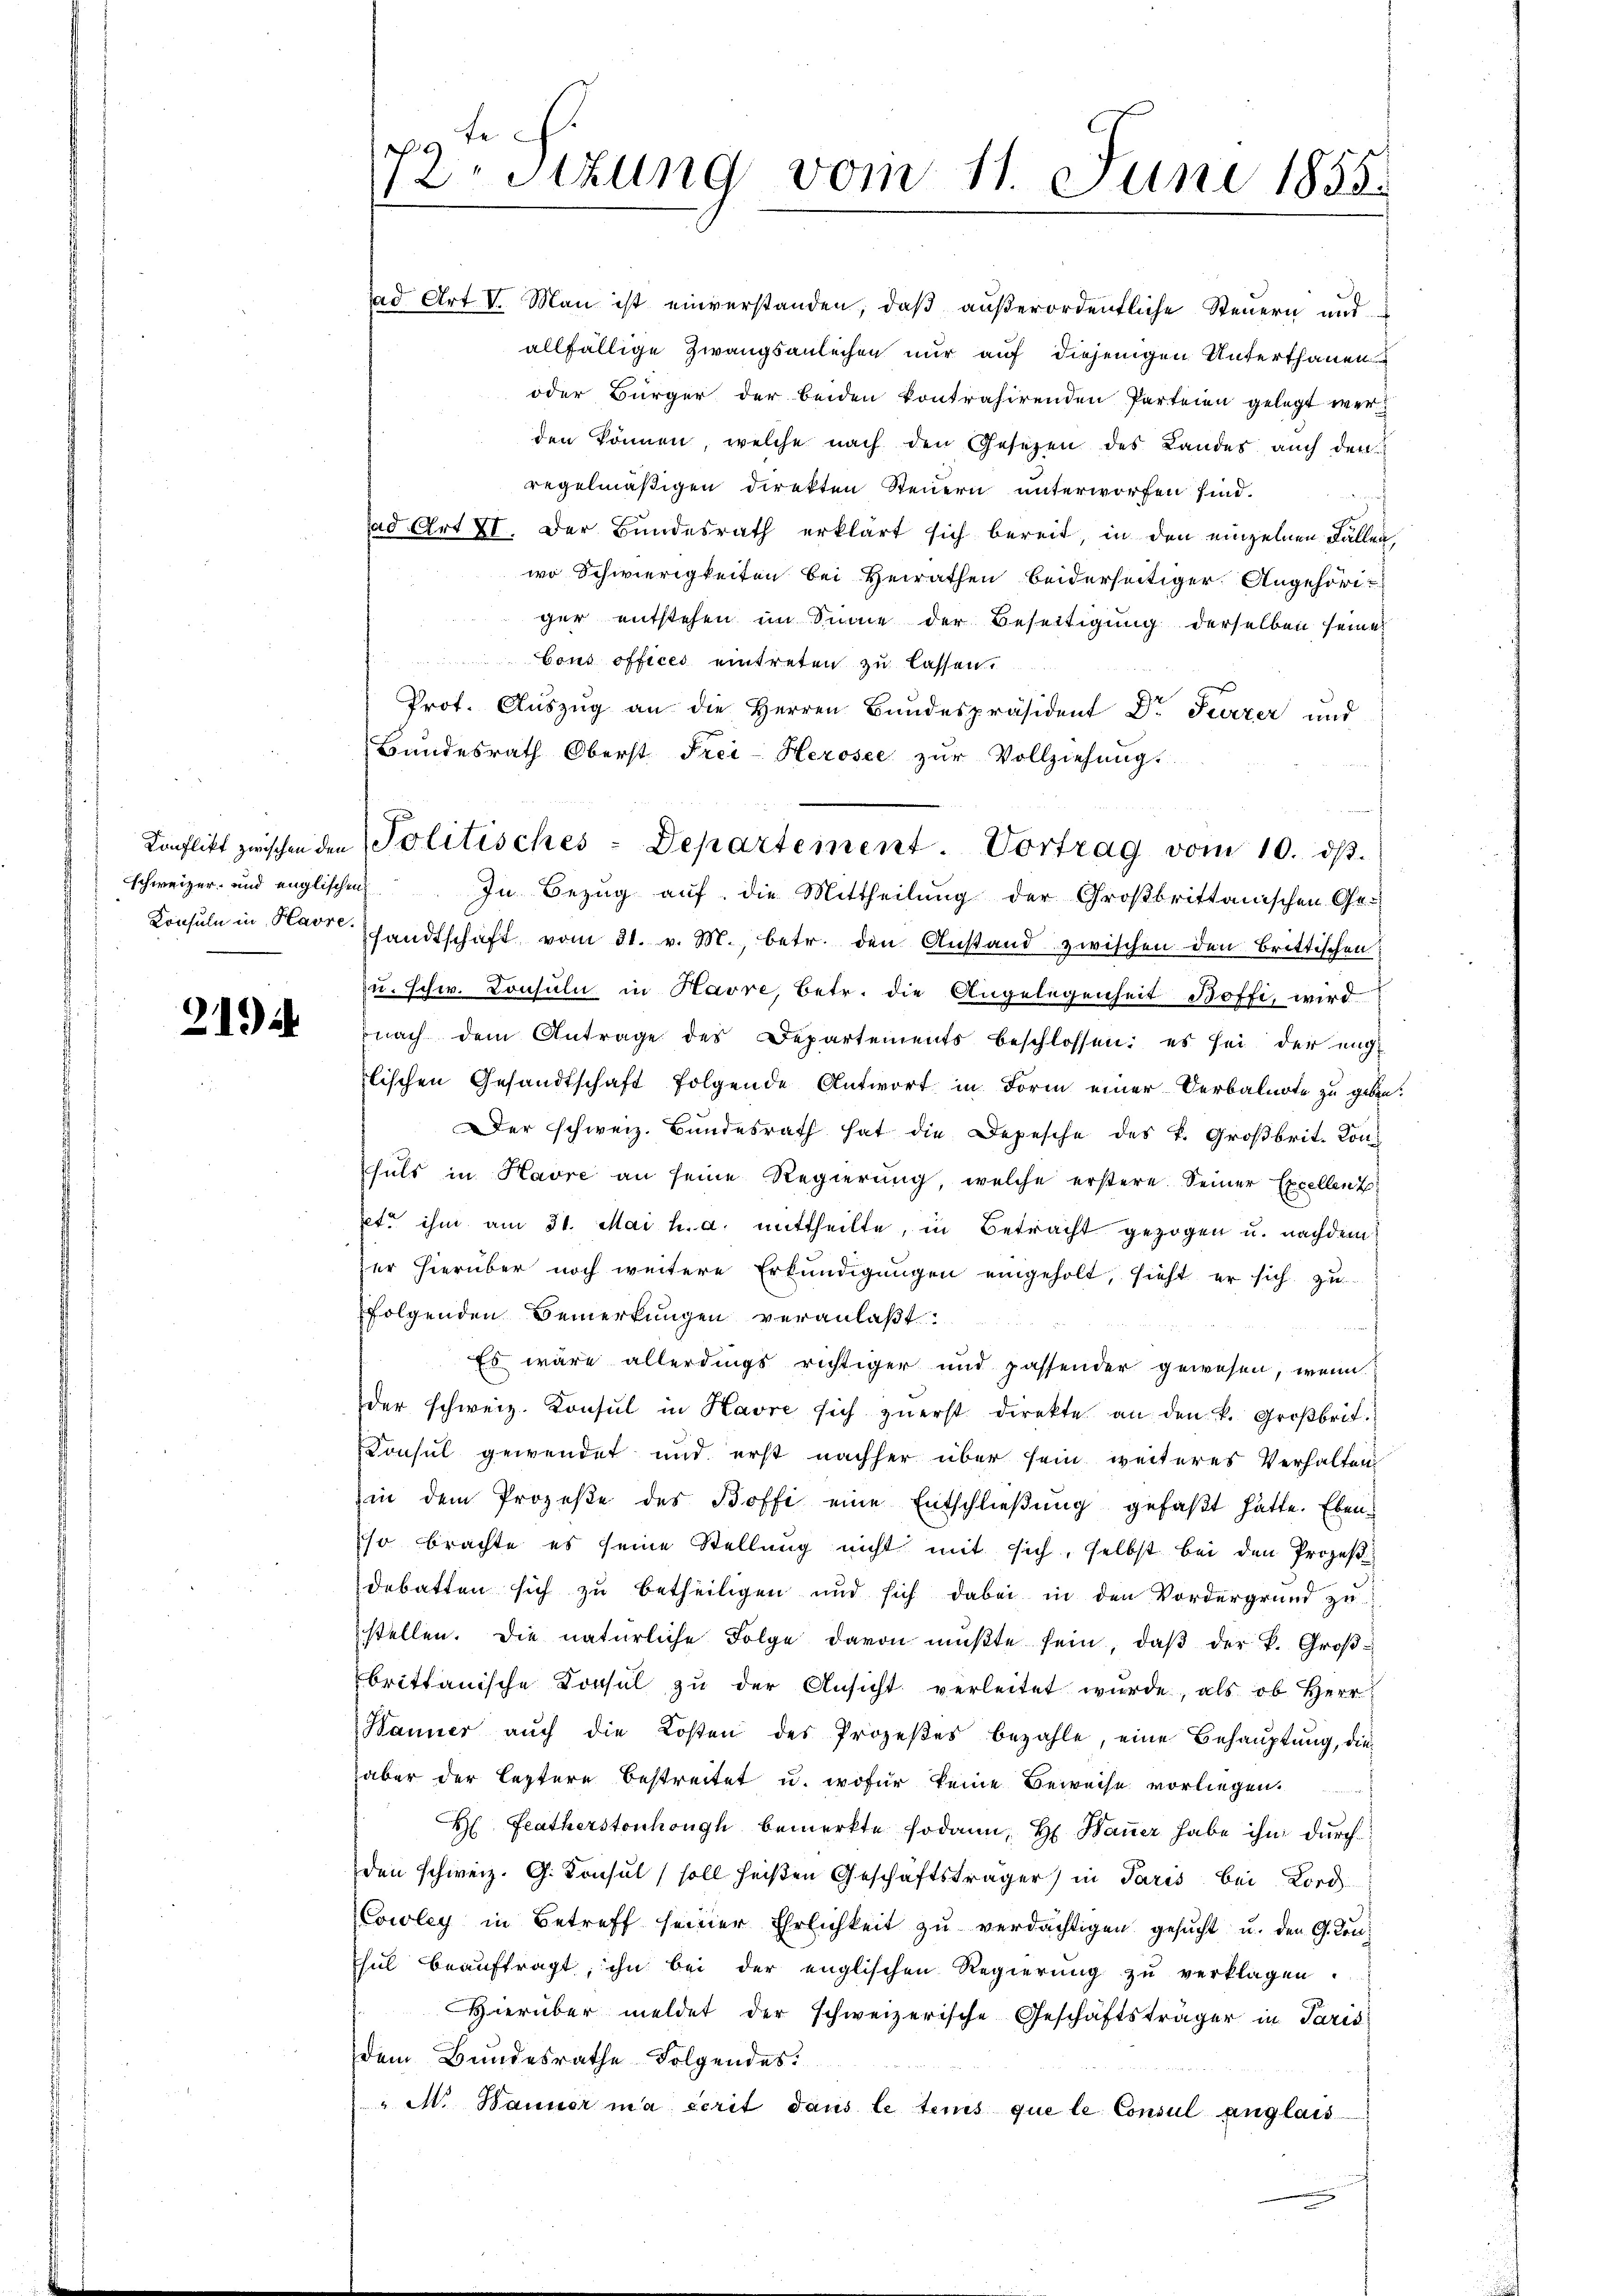
schweizer- und englischen
Konsuln in Havre.

219

19 te
Stzung vom 11. Juni 1855.

ad Art V. Man ist einverstanden, daß außerordentliche Steuern und
allfällige Zwangsanleihen nur auf diejenigen Unterthanen
oder Bürger der beiden kontrahirenden Parteien gelegt werden können, welche nach den Gesetzen des Landes auch den
regelmäßigen direkten Steuern unterworfen sind.

ad Art II. Der Bundesrath erklärt sich bereit, in den einzelnen Fallen,
wo Schwierigkeiten bei Heirathen beiderseitiger Angehöriger entstehen im Sinne der Beseitigung derselben seine
Cous offices eintreten zu lassen.
Prot. Aŭszŭg an die Herren Bundespräsident Dr Terzer und
Bundesrath Oberst Frei-Herosee zŭr Vollziehung.
In Bezug auf die Mittheilung der Großbrittanischen Ge-
sandtschaft vom 31. v. M., betr. den Anstand zwischen den Brittischen
u. schw. Consuln in Havre, betr. die Angelegenheit Boffi, wird
nach dem Antrage des Departements beschlossen: es sei der eng-
lischen Gesandtschaft folgende Antwort in Form einer Verbalurte zu geben.
Der schweiz. Bundesrath hat die Depesche des k. Großbrit. Konfals in Havre an seine Regierung, welche erstere Seiner Excellenz
ete ihm am 31. Mai h. a. mittheilte, in Betracht gezogen u. nachdem
der hierüber noch weitere Erkundigungen eingeholt, sieht er sich zu
folgenden Bemerkungen veranlaßt.
Es wäre allerdings richtiger und passender gewesen, wenn
der schweiz. Konsul in Havre sich zuerst direkte an den k. Großbrit.
Konsul gewendet und erst nachher über sein weiteres Verhalten
in dem Prozeβe des Boffe eine Entschlieβŭng gefaßt hatte. Ebenso brachte es seine Stellung nicht mit sich, selbst bei den Prozeß
debatten sich zu betheiligen und sich dabei in den Vordergrund zu
stellen. Die natürliche Folge davon mŭβte sein, daβ der k. Groß-
brittanische Konsul zŭ der Ansicht verleitet wŭrde, als ob Herr
Banner auch die Kosten des Prozeßes bezahle, eine Behauptung, die
aber der leztere bestreitet u. wofür keine Beweise vorliegen.
H Featherstonhöngh bemerkte sodann, H. Baṅer habe ihn durch
den schweiz. G. Konsul soll heißen Geschäftsträger in Paris bei Lord
Cowley in Betreff seiner Ehrlichkeit zŭ verdächtigen gesucht u. den G. Conhul beauftragt, ihn bei der englischen Regierŭng zŭ verklagen.
Hierüber meldet der schweizerische Geschäftsträger in Paris
dem Bundesrathe Folgendes
" M. Manner ma scrit dans le tems que le Consul anglais

Konflikt zwischen den Politisches - Departement. Vortrag vom 10. dβ.